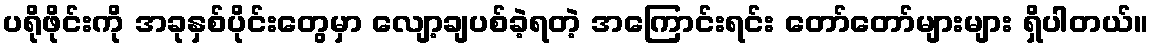
ပရိုဖိုင်းကို အခုနှစ်ပိုင်းတွေမှာ လျော့ချပစ်ခဲ့ရတဲ့ အကြောင်းရင်း တော်တော်များများ ရှိပါတယ်။